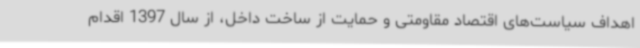
اهداف سیاست‌های اقتصاد مقاومتی و حمایت از ساخت داخل، از سال 1397 اقدام